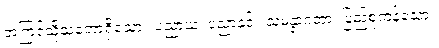
အကြင်သို့သဘောရှိသော။ ပညာယ၊ ပညာနှင့်။ သမန္နာဂတာ၊ ပြည့်စုံကုန်သော။